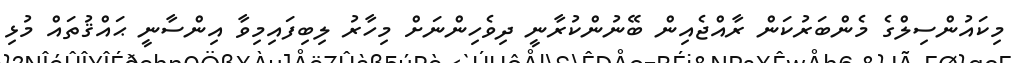
މިކައުންސިލްގެ މެންބަރުކަން ރާއްޖެއިން ބޭނުންކުރާނީ ދިވެހިންނަށް މިހާރު ލިބިފައިމިވާ އިންސާނީ ޙައްޤުތައް މުޅި